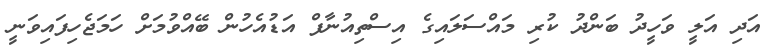
އަދި އަލީ ވަހީދު ބަންދު ކުރި މައްސަލައިގެ އިސްތިއުނާފް އަޑުއެހުން ބޭއްވުމަށް ހަމަޖެހިފައިވަނީ